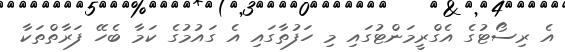
އެ ރިސޯޓުގެ އެގްރީމަންޓުގައި މި ހަފުތާގައި އެ ގައުމުގެ ކަމާ ބެހޭ ފަރާތްތަކާ